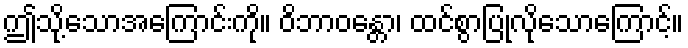
ဤသို့သောအကြောင်းကို။ ဝိဘာဝန္တော၊ ထင်စွာပြုလိုသောကြောင့်။